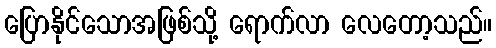
ပြောနိုင်သောအဖြစ်သို့ ရောက်လာ လေတော့သည်။